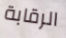
الرقابة